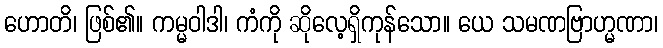
ဟောတိ၊ ဖြစ်၏။ ကမ္မဝါဒါ၊ ကံကို ဆိုလေ့ရှိကုန်သော။ ယေ သမဏဗြာဟ္မဏာ၊